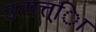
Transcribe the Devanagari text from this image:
उत्पत्त्िा